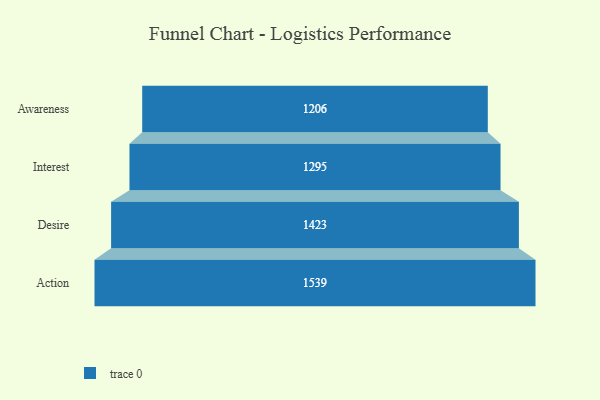
{"axis": {"x": "Stage", "y": "Value"}, "legend": [""], "data": [{"x": "Awareness", "y": 1206.0, "type": ""}, {"x": "Interest", "y": 1295.0, "type": ""}, {"x": "Desire", "y": 1423.0, "type": ""}, {"x": "Action", "y": 1539.0, "type": ""}]}